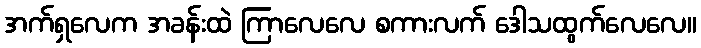
အက်ရှလေက အခန်းထဲ ကြာလေလေ စကားလက် ဒေါသထွက်လေလေ။